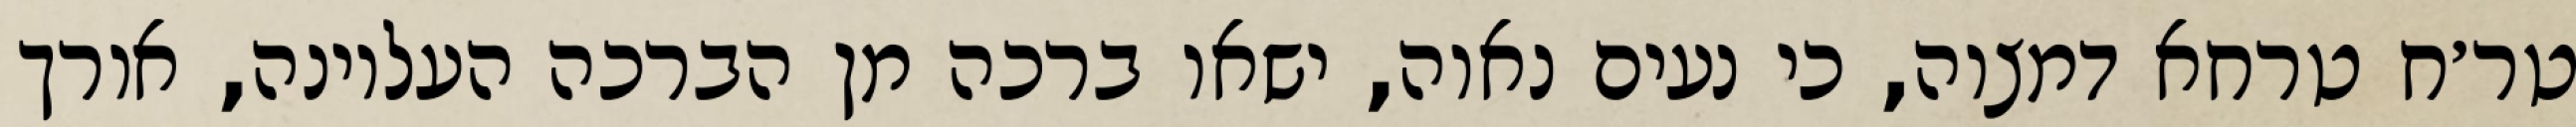
טר׳ח טרחא דמצוה, כי נעים נאוה, ישאו ברכה מן הברכה העליונה, אורך